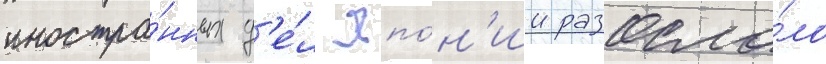
иностра́нных д'е́л япо́н'ии разосла́ло